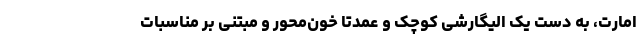
امارت، به دست یک الیگارشی کوچک و عمدتاً خون‌محور و مبتنی بر مناسبات